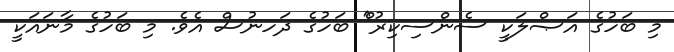
މި ބަހުގެ އަޞްލަކީ ސެންސިކިރު^ް ބަހުގެ ދަހނުސް އެވެ. މި ބަހުގެ މާނައަކީ